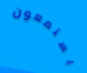
يستمعون